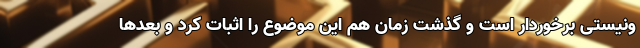
ونیستی برخوردار است و گذشت زمان هم این موضوع را اثبات کرد و بعدها